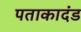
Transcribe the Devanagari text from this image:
पताकादंड